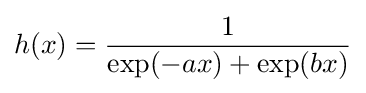
h(x)={\frac {1}{\exp(-ax)+\exp(bx)}}